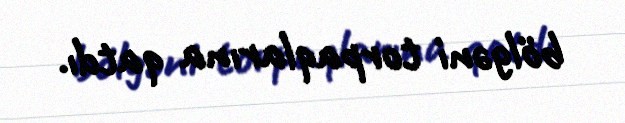
bölgəni torpaqlarına qatdı.